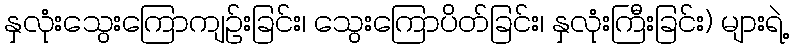
နှလုံးသွေးကြောကျဉ်းခြင်း၊ သွေးကြောပိတ်ခြင်း၊ နှလုံးကြီးခြင်း) များရဲ့